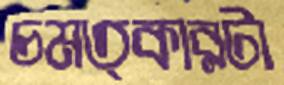
চমত্কারটা